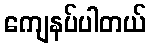
ကျေနပ်ပါတယ်